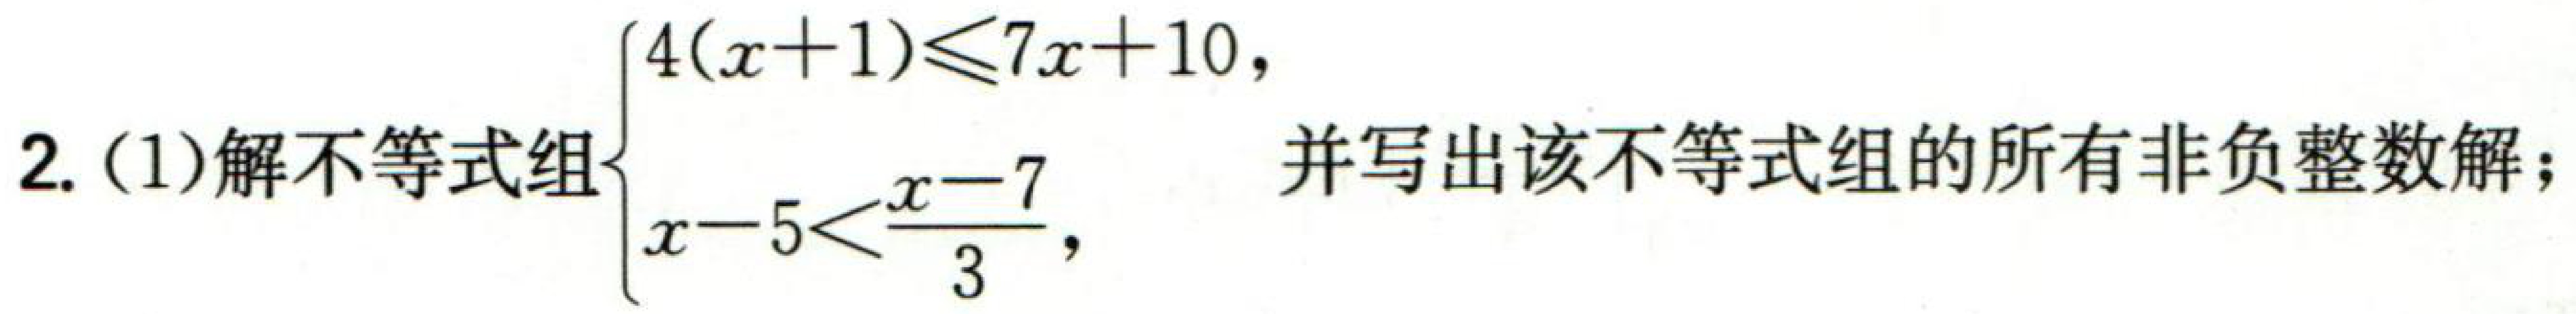
解不等式组\(\begin{cases}4(x + 1) \leq 7x + 10 \\

x - 5 < \dfrac{x - 7}{3}

\end{cases}\)，并写出该不等式组的所有非负整数解；